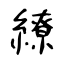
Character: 繚